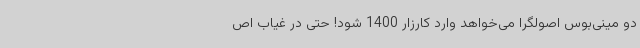
دو مینی‌بوس اصولگرا می‌خواهد وارد کارزار 1400 شود! حتی در غیاب اص